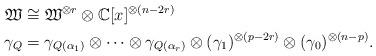
LaTeX: \begin{align*} \mathfrak{W}&\cong \mathfrak{W}^{\otimes r}\otimes \mathbb{C}[x]^{\otimes (n-2r)}\\ \gamma_Q& = \gamma_{Q(\alpha_1)}\otimes\cdots \otimes\gamma_{Q(\alpha_r)}\otimes (\gamma_1)^{\otimes (p-2r)} \otimes (\gamma_0)^{\otimes (n-p)}.\end{align*}